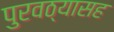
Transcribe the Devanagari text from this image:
पुरवठ्यासह